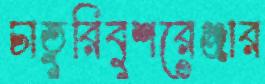
চাতুরিবুশরেঞ্জার